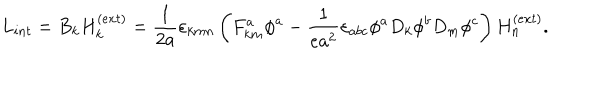
L _ { i n t } = B _ { k } H _ { k } ^ { ( e x t ) } = \frac { 1 } { 2 a } \varepsilon _ { k m n } \left( F _ { k m } ^ { a } \phi ^ { a } - \frac { 1 } { e a ^ { 2 } } \varepsilon _ { a b c } \phi ^ { a } D _ { k } \phi ^ { b } D _ { m } \phi ^ { c } \right) H _ { n } ^ { ( e x t ) } .